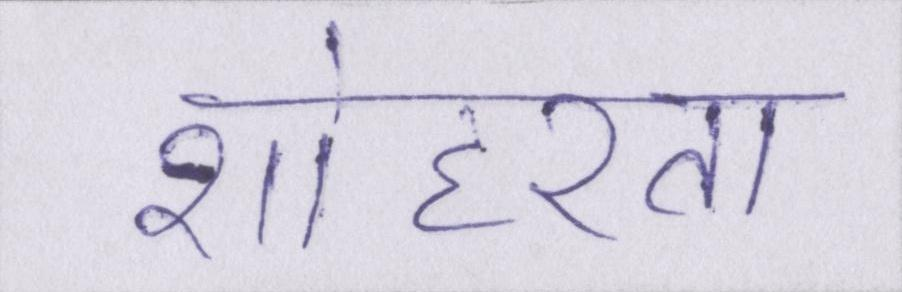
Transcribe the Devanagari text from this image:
शोहरत।